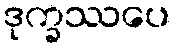
ဒုက္ခဿပေ